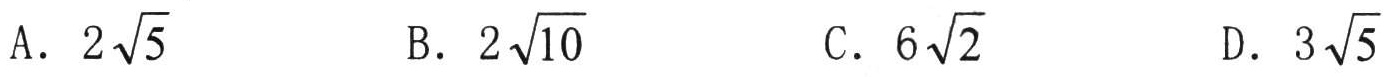
A. \(2\sqrt{5}\)
B. \(2\sqrt{10}\)
C. \(6\sqrt{2}\)
D. \(3\sqrt{5}\)